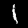
Digit: 1